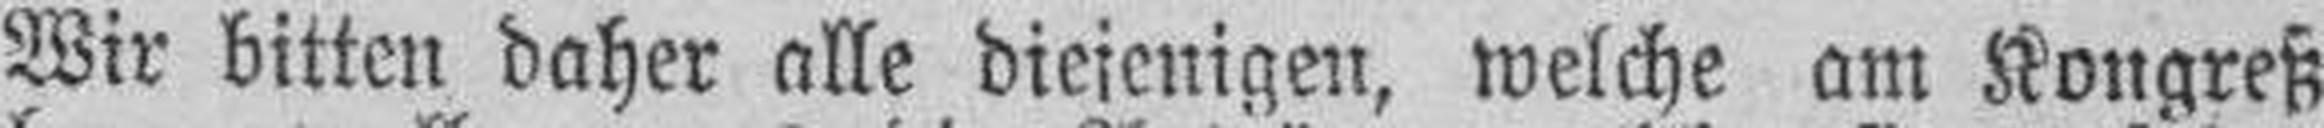
Wir bitten daher alle diejenigen, welche am Kongreß